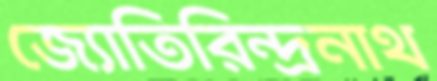
জ্যোতিরিন্দ্রনাথ